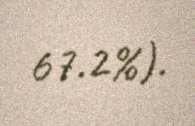
67.2%).